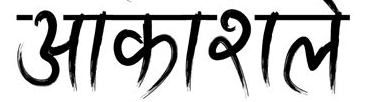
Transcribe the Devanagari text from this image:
आकाशले